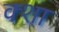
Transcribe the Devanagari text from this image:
क्शा